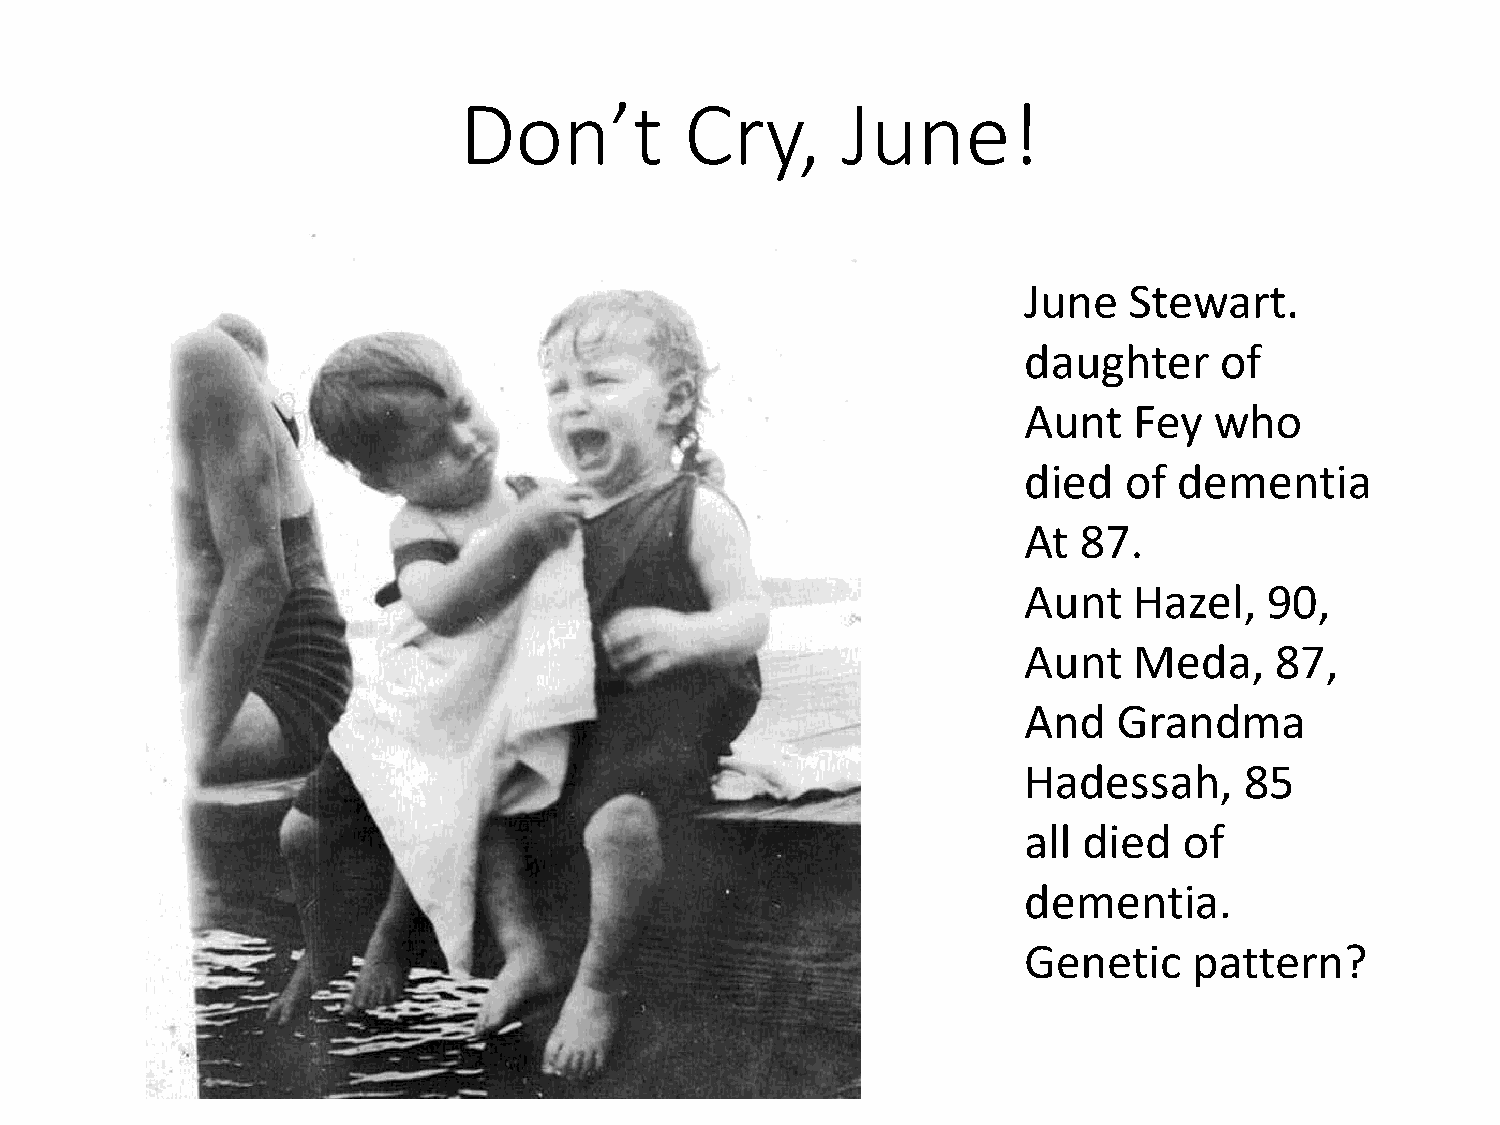
Don’t          Cry,       June!
 June   Stewart.
 daughter     of
 Aunt   Fey  who
 died  of  dementia
 At 87.
 Aunt   Hazel,   90,
 Aunt   Meda,    87,
 And   Grandma
 Hadessah,     85
 all died  of
 dementia.
 Genetic    pattern?